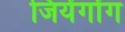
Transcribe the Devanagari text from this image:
जियेंगोंग